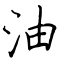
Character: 油